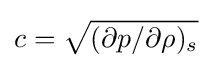
c={\sqrt {(\partial p/\partial \rho )_{s}}}